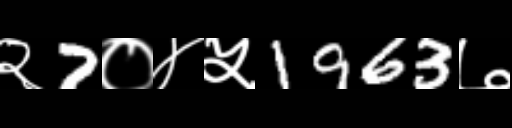
Text: २7०४५1963७